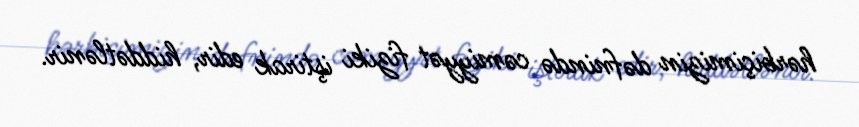
hərbiçimizin dəfnində cəmiyyət fiziki iştirak edir, hiddətlənir.